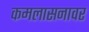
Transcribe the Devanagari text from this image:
कमलासनावर